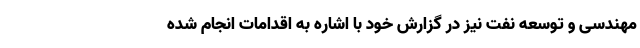
مهندسی و توسعه نفت نیز در گزارش خود با اشاره به اقدامات انجام شده